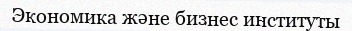
Экономика және бизнес институты